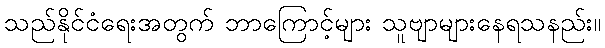
သည်နိုင်ငံရေးအတွက် ဘာကြောင့်များ သူဗျာများနေရသနည်း။